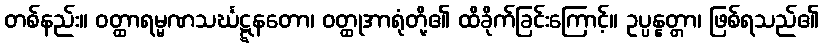
တစ်နည်း။ ဝတ္ထာရမ္မဏသင်္ဃဋ္ဋနတော၊ ဝတ္ထုအာရုံတို့၏ ထိခိုက်ခြင်းကြောင့်။ ဥပ္ပန္နတ္တာ၊ ဖြစ်ရသည်၏